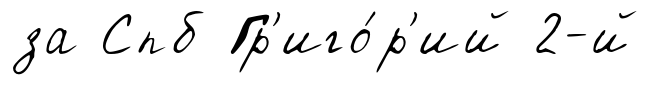
за Спб Гр'иго́р'ий 2-й